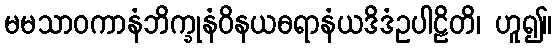
မမသာဝကာနံဘိက္ခုနံဝိနယဓရာနံယဒိဒံဥပါဠိတိ၊ ဟူ၍။